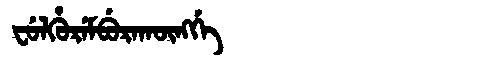
Manchu: ᠸᡠᠯᡥᡠᡵᡝᠮᠪᡠᡵᠠᡴᡡᠩᡤᡝ
Romanization: FULHUREMBURAKŪNGGE